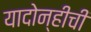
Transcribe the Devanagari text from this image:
यादोन्हीची